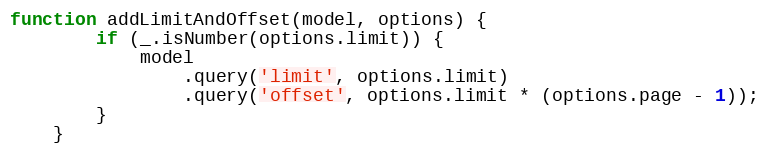
Language: JavaScript
function addLimitAndOffset(model, options) {
        if (_.isNumber(options.limit)) {
            model
                .query('limit', options.limit)
                .query('offset', options.limit * (options.page - 1));
        }
    }